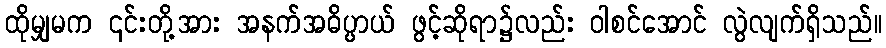
ထိုမျှမက ၎င်းတို့အား အနက်အဓိပ္ပာယ် ဖွင့်ဆိုရာ၌လည်း ဝါစင်အောင် လွဲလျက်ရှိသည်။